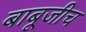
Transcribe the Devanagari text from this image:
बाबूजीच